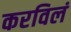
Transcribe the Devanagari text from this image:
करविलं